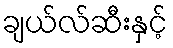
ချယ်လ်ဆီးနှင့်